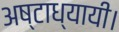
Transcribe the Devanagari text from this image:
अष्टाध्यायी।